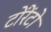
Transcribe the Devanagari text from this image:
टोंरेंटो